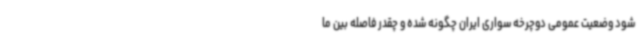
شود وضعیت عمومی دوچرخه سواری ایران چگونه شده و چقدر فاصله بین ما